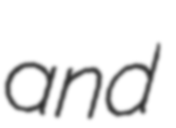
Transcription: and